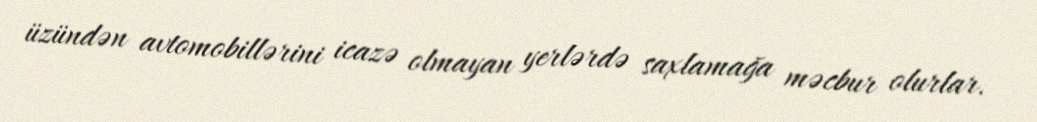
üzündən avtomobillərini icazə olmayan yerlərdə saxlamağa məcbur olurlar.